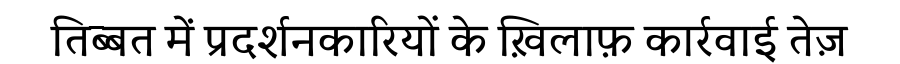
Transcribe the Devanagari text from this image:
तिब्बत में प्रदर्शनकारियों के ख़िलाफ़ कार्रवाई तेज़